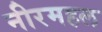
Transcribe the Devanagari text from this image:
नीरमहल